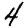
Digit: 4